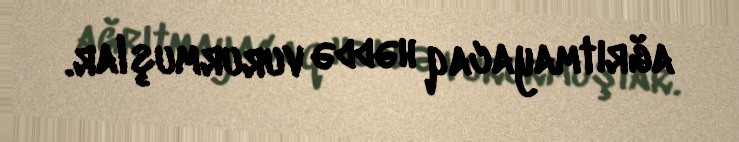
ağrıtmayacaq həddə vururmuşlar.